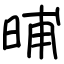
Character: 晡